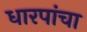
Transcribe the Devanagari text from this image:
धारपांचा